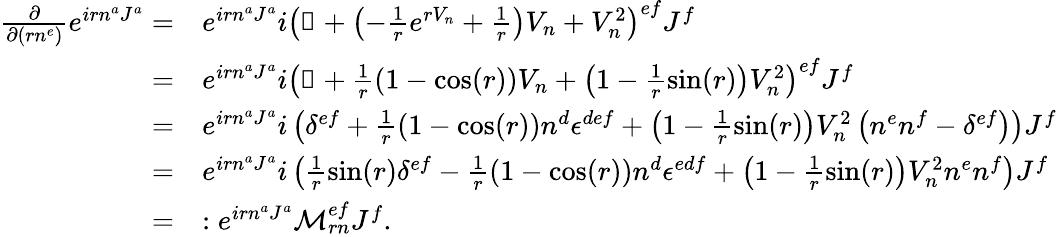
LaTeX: \begin{array}{rl}{\frac{\partial}{\partial(rn^{e})}e^{irn^{a}J^{a}}=}&{e^{irn^{a}J^{a}}i\left(\mathbb{1}+\left(-\frac{1}{r}e^{rV_{n}}+\frac{1}{r}\right)V_{n}+V_{n}^{2}\right)^{ef}J^{f}}\\ {=}&{e^{irn^{a}J^{a}}i\left(\mathbb{1}+\frac{1}{r}\left(1-\cos(r)\right)V_{n}+\left(1-\frac{1}{r}\sin(r)\right)V_{n}^{2}\right)^{ef}J^{f}}\\ {=}&{e^{irn^{a}J^{a}}i\left(\delta^{ef}+\frac{1}{r}\left(1-\cos(r)\right)n^{d}\epsilon^{def}+\left(1-\frac{1}{r}\sin(r)\right)V_{n}^{2}\left(n^{e}n^{f}-\delta^{ef}\right)\right)J^{f}}\\ {=}&{e^{irn^{a}J^{a}}i\left(\frac{1}{r}\sin(r)\delta^{ef}-\frac{1}{r}\left(1-\cos(r)\right)n^{d}\epsilon^{edf}+\left(1-\frac{1}{r}\sin(r)\right)V_{n}^{2}n^{e}n^{f}\right)J^{f}}\\ {=}&{:e^{irn^{a}J^{a}}\mathcal{M}_{rn}^{ef}J^{f}.}\end{array}